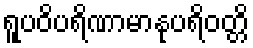
ရူပဝိပရိဏာမာနုပရိဝတ္တိ